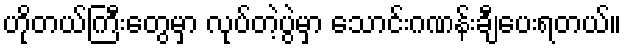
ဟိုတယ်ကြီးတွေမှာ လုပ်တဲ့ပွဲမှာ သောင်းဂဏန်းချီပေးရတယ်။